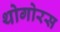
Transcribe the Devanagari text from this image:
थोगोरस